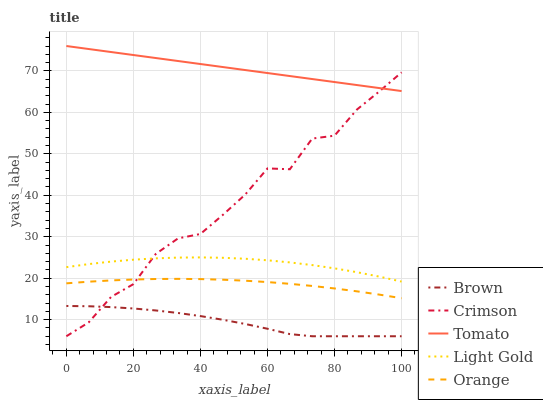
| xaxis_label | Brown | Crimson | Tomato | Light Gold | Orange |
 | --- | --- | --- | --- | --- | --- |
 | 0 | 13.3 | 6 | 76 | 22.7 | 18.8 |
 | 6.67 | 13.2 | 9.34 | 75.3 | 23.4 | 19.2 |
 | 13.3 | 13 | 15.5 | 74.6 | 24 | 19.5 |
 | 20 | 12.7 | 18.6 | 73.8 | 24.5 | 19.7 |
 | 26.7 | 12.2 | 25.9 | 73.1 | 24.8 | 19.8 |
 | 33.3 | 11.6 | 29.6 | 72.4 | 25 | 19.8 |
 | 40 | 10.9 | 30.7 | 71.7 | 25 | 19.8 |
 | 46.7 | 9.98 | 35.3 | 70.9 | 24.9 | 19.6 |
 | 53.3 | 8.96 | 40.2 | 70.2 | 24.7 | 19.4 |
 | 60 | 7.81 | 46.5 | 69.5 | 24.3 | 19.1 |
 | 66.7 | 6.52 | 46.3 | 68.8 | 23.8 | 18.6 |
 | 73.3 | 6 | 53.7 | 68 | 23.2 | 18.1 |
 | 80 | 6 | 54.4 | 67.3 | 22.4 | 17.5 |
 | 86.7 | 6 | 60.7 | 66.6 | 21.5 | 16.8 |
 | 93.3 | 6 | 65 | 65.9 | 20.4 | 16 |
 | 100 | 6 | 69.6 | 65.1 | 19.2 | 15.2 |